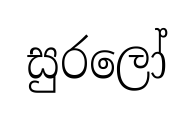
සුරලෝ